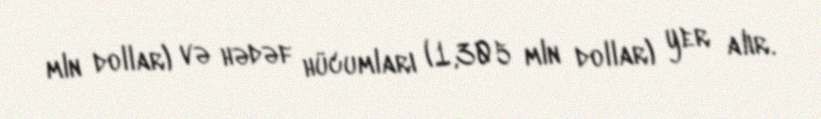
mln dollar) və hədəf hücumları (1,305 mln dollar) yer alır.